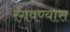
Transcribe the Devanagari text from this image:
रंगवण्यास